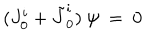
( J _ { 0 } ^ { i } + \tilde { J } _ { 0 } ^ { i } ) \ \psi \ = \ 0